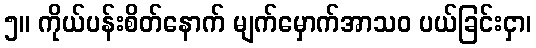
၅။ ကိုယ်ပန်းစိတ်နောက် မျက်မှောက်အာသဝ ပယ်ခြင်းငှာ၊